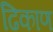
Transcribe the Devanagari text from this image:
ढिकाण